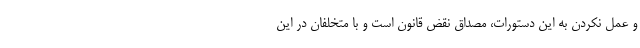
و عمل نکردن به این دستورات، مصداق نقض قانون است و با متخلفان در این